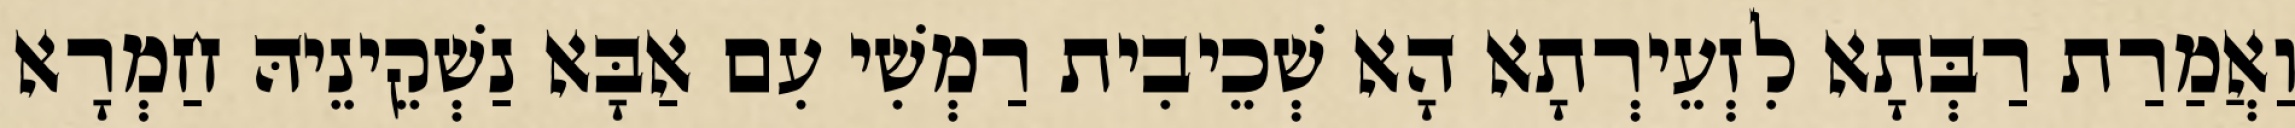
וַאֲמַרַת רַבְּתָא לִזְעֵירְתָא הָא שְׁכֵיבִית רַמְשִׁי עִם אַבָּא נַשְׁקֵינֵיהּ חַמְרָא